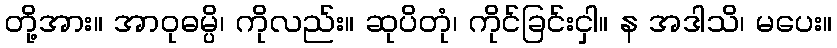
တို့အား။ အာဝုဓမ္ပိ၊ ကိုလည်း။ ဆုပိတုံ၊ ကိုင်ခြင်းငှါ။ န အဒါသိ၊ မပေး။